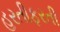
હરતીફરતી